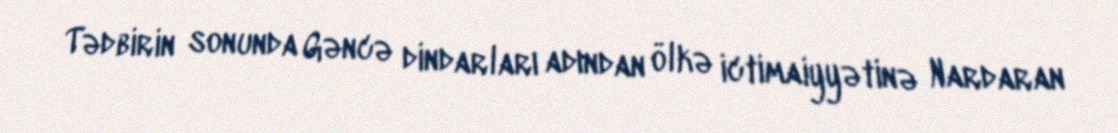
Tədbirin sonunda Gəncə dindarları adından ölkə ictimaiyyətinə Nardaran